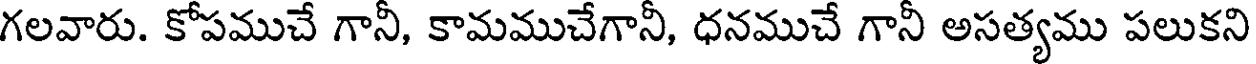
గలవారు. కోపముచే గానీ, కామముచేగానీ, ధనముచే గానీ అసత్యము పలుకని